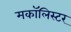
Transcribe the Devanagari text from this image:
मकॉलिस्टर